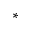
^ *